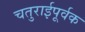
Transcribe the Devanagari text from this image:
चतुराईपूर्वक